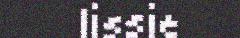
lissie